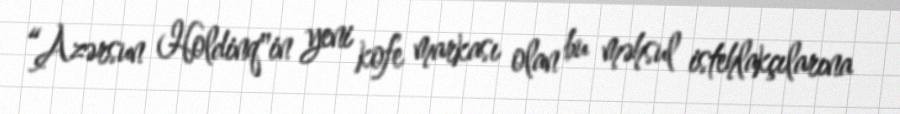
“Azərsun Holdinq"in yeni kofe markası olan bu məhsul istehlakçılarına